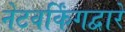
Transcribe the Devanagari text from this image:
नेटवर्किंगद्वारे